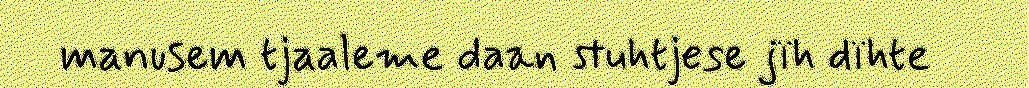
manusem tjaaleme daan stuhtjese jïh dïhte